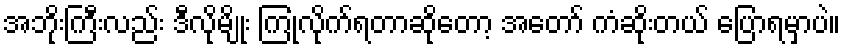
အဘိုးကြီးလည်း ဒီလိုမျိုး ကြုံလိုက်ရတာဆိုတော့ အတော် ကံဆိုးတယ် ပြောရမှာပဲ။